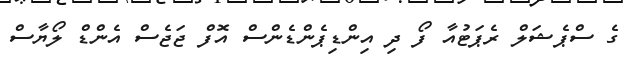
ގެ ސްޕެޝަލް ރެޕަޓުއާ ފޯ ދި އިންޑިޕެންޑެންސް އޮފް ޖަޖެސް އެންޑް ލޯޔާސް